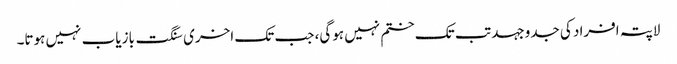
لاپتہ افراد کی جدوجہد تب تک ختم نہیں ہوگی، جب تک اخری سنگت بازیاب نہیں ہوتا۔